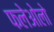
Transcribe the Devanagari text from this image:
फलेओलो